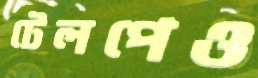
টেলপেও